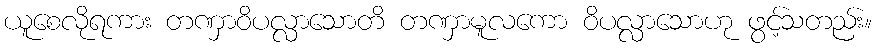
ယူစေလိုရကား တဏှာဝိပလ္လာသောတိ တဏှာမူလကော ဝိပလ္လာသောဟု ဖွင့်သတည်း။